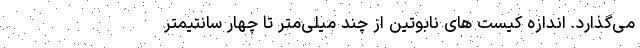
می‌گذارد. اندازه کیست های نابوتین از چند میلی‌متر تا چهار سانتیمتر